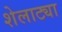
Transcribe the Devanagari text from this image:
शेलाट्या